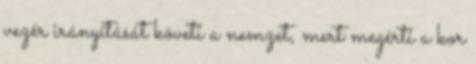
vezér irányítását követi a nemzet, mert megérti a kor